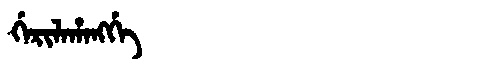
Manchu: ᡤᡝᡵᡳᠯᠠᡥᠠᠩᡤᡝ
Romanization: GERILAHANGGE